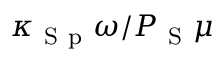
\kappa _ { \mathrm { ~ S ~ p ~ } } \omega / P _ { \mathrm { ~ S ~ } } \mu